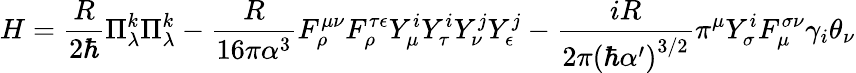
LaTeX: H=\frac{R}{2\hbar}\Pi_{\lambda}^{k}\Pi_{\lambda}^{k}-\frac{R}{16\pi\alpha^{3}}F_{\rho}^{\mu\nu}F_{\rho}^{\tau\epsilon}Y_{\mu}^{i}Y_{\tau}^{i}Y_{\nu}^{j}Y_{\epsilon}^{j}-\frac{iR}{{2\pi}\left(\hbar\alpha^{\prime}\right)^{3/2}}\pi^{\mu}Y_{\sigma}^{i}F_{\mu}^{\sigma\nu}\gamma_{i}\theta_{\nu}